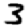
Digit: 3